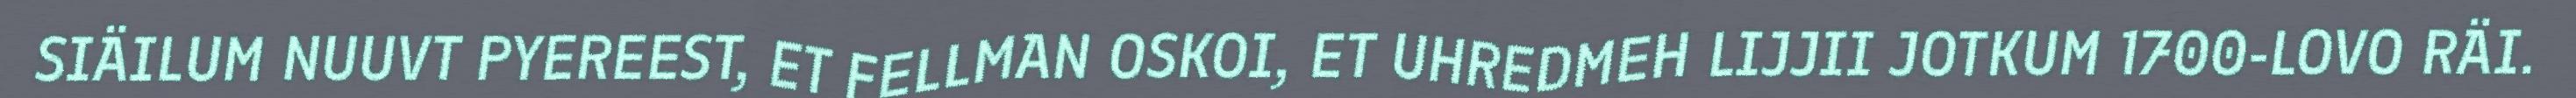
SIÄILUM NUUVT PYEREEST, ET FELLMAN OSKOI, ET UHREDMEH LIJJII JOTKUM 1700-LOVO RÄI.